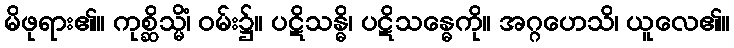
မိဖုရား၏။ ကုစ္ဆိသ္မိံ၊ ဝမ်း၌။ ပဋိသန္ဓိ၊ ပဋိသန္ဓေကို။ အဂ္ဂဟေသိ၊ ယူလေ၏။